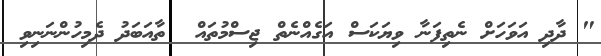
" ދާދި އަވަހަށް ނެތިފަނާ ވިޔަކަސް އަގެއްނެތް ޖިސްމުތައް  ތާއަބަދު ދެމިހުންނަނިވި